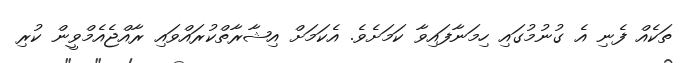
ތަކެއް ފެނި އެ ގުނުމުގައި ހިމަނާފައިވާ ކަމަށެވެ. އެކަމަށް އިޝާރާތްކުރައްވައި ރާއްޖެއެމްވީން ކުރި